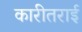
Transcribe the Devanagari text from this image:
कारीतराई